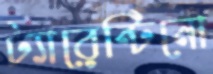
ট্যারেন্টিনো